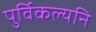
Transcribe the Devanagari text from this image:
पुर्विकल्यनि